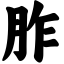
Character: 胙